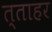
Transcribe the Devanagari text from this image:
त्ताहर